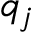
q _ { j }